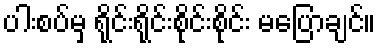
ပါးစပ်မှ ရိုင်းရိုင်းစိုင်းစိုင်း မပြောချင်။